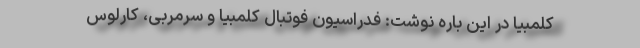
کلمبیا در این باره نوشت: فدراسیون فوتبال کلمبیا و سرمربی، کارلوس